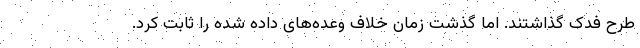
طرح فدک گذاشتند. اما گذشت زمان خلاف وعده‌های داده شده را ثابت کرد.